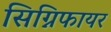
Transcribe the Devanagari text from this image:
सिग्निफायर